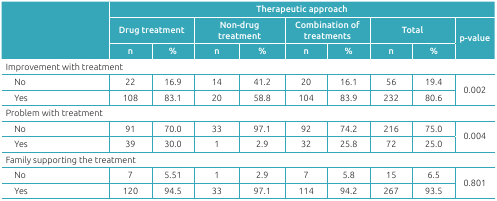
<table><thead><tr><td rowspan="3"></td><td colspan="9"><b>Therapeutic approach</b></td></tr><tr><td colspan="2"><b>Drug treatment </b></td><td colspan="2"><b>Non-drug treatment </b></td><td colspan="2"><b>Combination of treatments </b></td><td colspan="2"><b>Total </b></td><td rowspan="2"><b>p-value</b></td></tr><tr><td><b>n</b></td><td><b>%</b></td><td><b>n</b></td><td><b>%</b></td><td><b>n</b></td><td><b>%</b></td><td><b>n</b></td><td><b>%</b></td></tr></thead><tbody><tr><td colspan="10">Improvement with treatment</td></tr><tr><td>No</td><td>22</td><td>16.9</td><td>14</td><td>41.2</td><td>20</td><td>16.1</td><td>56</td><td>19.4</td><td rowspan="2">0.002</td></tr><tr><td>Yes</td><td>108</td><td>83.1</td><td>20</td><td>58.8</td><td>104</td><td>83.9</td><td>232</td><td>80.6</td></tr><tr><td colspan="10">Problem with treatment</td></tr><tr><td>No</td><td>91</td><td>70.0</td><td>33</td><td>97.1</td><td>92</td><td>74.2</td><td>216</td><td>75.0</td><td rowspan="2">0.004</td></tr><tr><td>Yes</td><td>39</td><td>30.0</td><td>1</td><td>2.9</td><td>32</td><td>25.8</td><td>72</td><td>25.0</td></tr><tr><td colspan="10">Family supporting the treatment</td></tr><tr><td>No</td><td>7</td><td>5.51</td><td>1</td><td>2.9</td><td>7</td><td>5.8</td><td>15</td><td>6.5</td><td rowspan="2">0.801</td></tr><tr><td>Yes</td><td>120</td><td>94.5</td><td>33</td><td>97.1</td><td>114</td><td>94.2</td><td>267</td><td>93.5</td></tr></tbody></table>